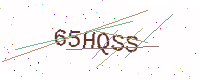
Text: 65HQSS